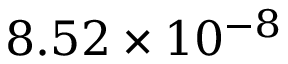
8 . 5 2 \times 1 0 ^ { - 8 }